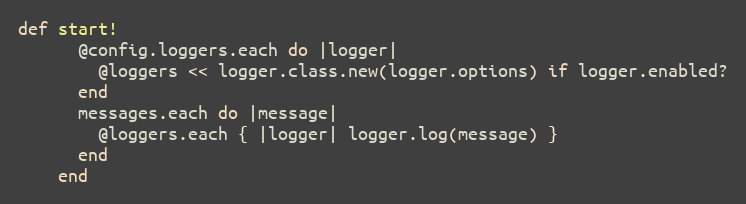
Language: Ruby
def start!
      @config.loggers.each do |logger|
        @loggers << logger.class.new(logger.options) if logger.enabled?
      end
      messages.each do |message|
        @loggers.each { |logger| logger.log(message) }
      end
    end